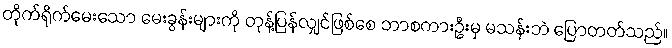
တိုက်ရိုက်မေးသော မေးခွန်းများကို တုန့်ပြန်လျှင်ဖြစ်စေ ဘာစကားဦးမှ မသန်းဘဲ ပြောတတ်သည်။